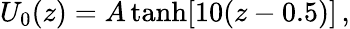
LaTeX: U_{0}(z)=A\operatorname{tanh}[10(z-0.5)]\, ,